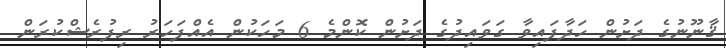
ޤާނޫނުގެ ދަށުން ހަދާފައިވާ ގަވައިދުގެ ދަށުން ކޮންމެ 6 މަހަކުން އެއްފަހަރު ރިފުރެޝްކުރަން